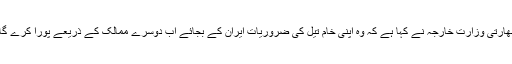
بھارتی وزارت خارجہ نے کہا ہے کہ وہ اپنی خام تیل کی ضروریات ایران کے بجائے اب دوسرے ممالک کے ذریعے پورا کرے گا۔